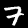
Digit: 7